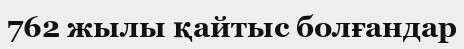
762 жылы қайтыс болғандар